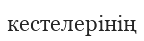
кестелерінің